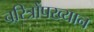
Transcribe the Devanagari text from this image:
चरित्रोंपख्यान